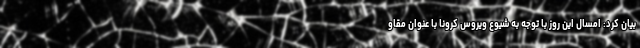
بیان کرد: امسال این روز با توجه به شیوع ویروس کرونا با عنوان مقاو